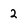
Character: 2